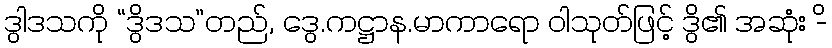
ဒွါဒသကို “ဒွိဒသ”တည်, ဒွေ.ကဋ္ဌာန.မာကာရော ဝါသုတ်ဖြင့် ဒွိ၏ အဆုံး -ိ